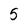
Character: 5